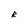
Character: R